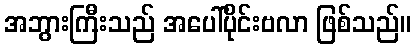
အဘွားကြီးသည် အပေါ်ပိုင်းဗလာ ဖြစ်သည်။